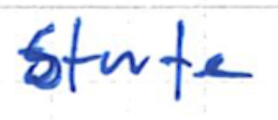
Text: State
Cross-out: clean
Writing tool: ballpoint